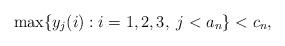
LaTeX: \begin{align*}\max\{y_j(i):i=1,2,3,\;j<a_n\}<c_n,\end{align*}